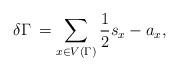
LaTeX: \begin{align*} \delta\Gamma\,=\sum_{x\in V(\Gamma)}\frac{1}{2}s_x - a_x,\end{align*}